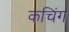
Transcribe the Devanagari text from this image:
कचिंग